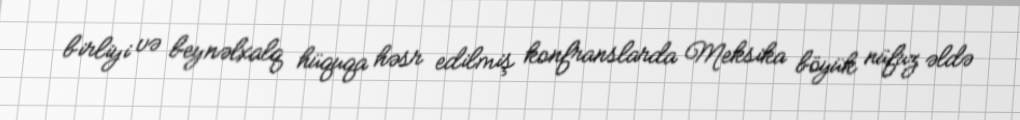
birliyi və beynəlxalq hüquqa həsr edilmiş konfranslarda Meksika böyük nüfuz əldə